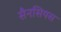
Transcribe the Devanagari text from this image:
सैनसियस